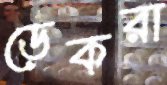
ডেকরা